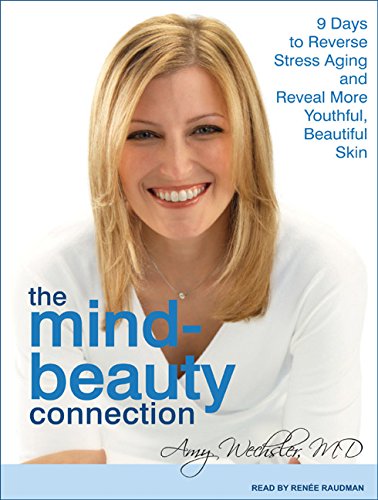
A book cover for The Mind-Beauty Connection: 9 Days to Reverse Stress Aging and Reveal More Youthful, Beautiful Skin; Amy Wechsler; Health, Fitness & Dieting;